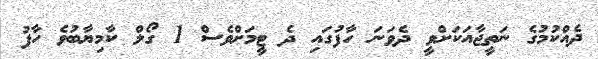
ދެއްކުމުގެ ނަތީޖާއަކަށްވީ ދެވަނަ ހާފުގައި ދެ ޓީމަށްވެސް 1 ގޯލް ކާމިޔާބުވެ ހާފު